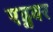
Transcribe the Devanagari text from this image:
एड्नवर